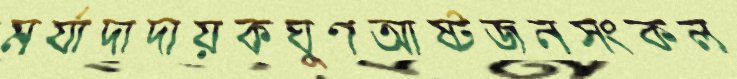
মর্যাদাদায়কঘুণআষ্টজনসংকল